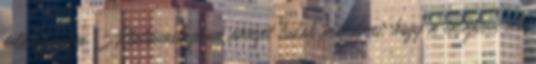
felhasználva. Általánosságban annyit tudok mondani, hogy a talajban élő